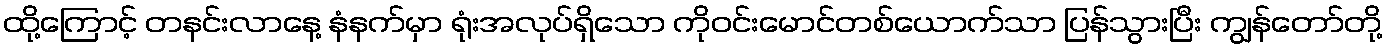
ထို့ကြောင့် တနင်းလာနေ့ နံနက်မှာ ရုံးအလုပ်ရှိသော ကိုဝင်းမောင်တစ်ယောက်သာ ပြန်သွားပြီး ကျွန်တော်တို့